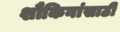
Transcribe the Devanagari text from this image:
शौकिनांसाठी